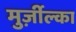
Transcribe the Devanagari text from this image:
मुर्ज़ील्का